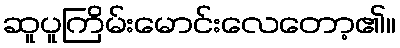
ဆူပူကြိမ်းမောင်းလေတော့၏။